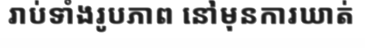
រាប់ទាំងរូបភាព នៅមុនការឃាត់